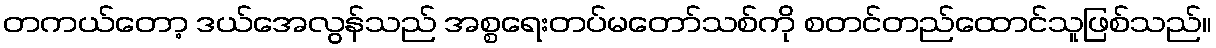
တကယ်တော့ ဒယ်အေလွန်သည် အစ္စရေးတပ်မတော်သစ်ကို စတင်တည်ထောင်သူဖြစ်သည်။